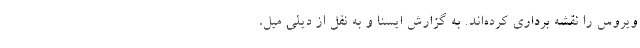
ویروس را نقشه برداری کرده‌اند. به گزارش ایسنا و به نقل از دیلی میل،